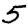
Digit: 5